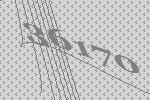
36170